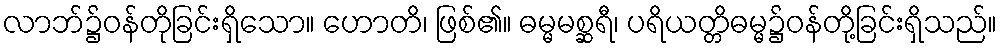
လာဘ်၌ဝန်တိုခြင်းရှိသော။ ဟောတိ၊ ဖြစ်၏။ ဓမ္မမစ္ဆရီ၊ ပရိယတ္တိဓမ္မ၌ဝန်တို့ခြင်းရှိသည်။